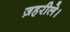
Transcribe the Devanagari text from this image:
ज़हरीले।